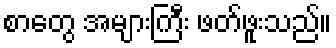
စာတွေ အများကြီး ဖတ်ဖူးသည်။